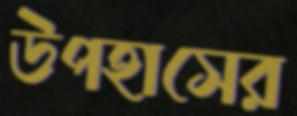
উপহাসের